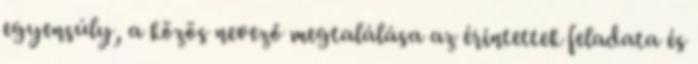
egyensúly, a közös nevező megtalálása az érintettek feladata és